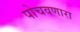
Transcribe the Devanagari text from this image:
पोचवणारा